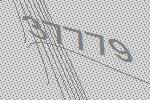
37779